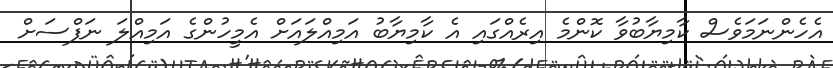
އެހެންނަމަވެސް ކާމިޔާބުވާ ކޮންމެ އިރެއްގައި އެ ކާމިޔާބު އަމިއްލައަށް އެމީހުންގެ އަމިއްލަ ނަފްސަށް